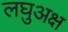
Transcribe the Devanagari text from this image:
लघुअक्ष